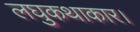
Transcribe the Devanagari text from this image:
लघुकथाकार।